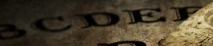
SCDEF